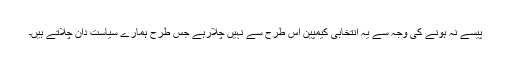
پیسے نہ ہونے کی وجہ سے یہ انتخابی کیمپین اس طرح سے نہیں چلارہے جس طرح ہمارے سیاست دان چلاتے ہیں۔